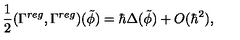
\frac 1 2 ( \Gamma ^ { r e g } , \Gamma ^ { r e g } ) ( \tilde { \phi } ) = \hbar \Delta ( \tilde { \phi } ) + O ( \hbar ^ { 2 } ) ,